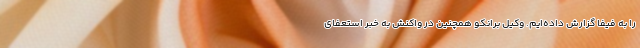
را به فیفا گزارش داده‌ایم. وکیل برانکو همچنین در واکنش به خبر استعفای